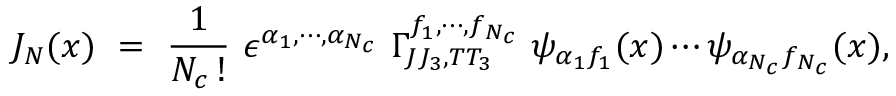
J _ { N } ( x ) \ = \ \frac { 1 } { N _ { c } \, ! } \, \, \epsilon ^ { \alpha _ { 1 } , \cdots , \alpha _ { N _ { c } } } \, \, \Gamma _ { J J _ { 3 } , T T _ { 3 } } ^ { f _ { 1 } , \cdots , f _ { N _ { c } } } \, \, \psi _ { \alpha _ { 1 } f _ { 1 } } ( x ) \cdots \psi _ { \alpha _ { N _ { c } } f _ { N _ { c } } } ( x ) ,